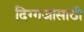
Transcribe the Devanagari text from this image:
दिग्गजांसाठी